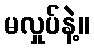
မလှုပ်နဲ့။